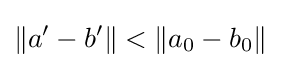
\|a'-b'\|<\|a_{0}-b_{0}\|